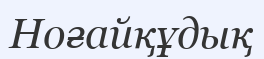
Ноғайқұдық